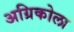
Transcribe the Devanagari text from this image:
अग्रिकोला